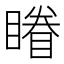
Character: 𰦀